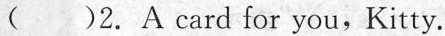
( )2. A card for you,Kitty.